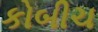
કોબીચ